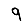
Digit: 9